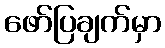
ဖော်ပြချက်မှာ